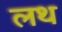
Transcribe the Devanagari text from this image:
लथ